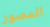
المصور